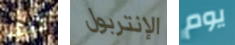
كيف الإنتربول يوم